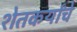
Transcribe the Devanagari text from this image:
शेतकर्यांचे